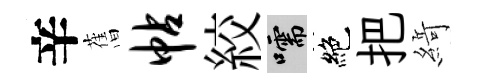
辛𦾔帖絞嚅絶把𦂶